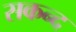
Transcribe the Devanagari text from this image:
सकन्द